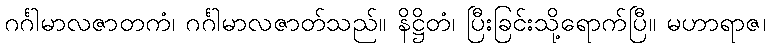
ဂင်္ဂါမာလဇာတကံ၊ ဂင်္ဂါမာလဇာတ်သည်။ နိဋ္ဌိတံ၊ ပြီးခြင်းသို့ရောက်ပြီ။ မဟာရာဇ၊